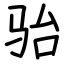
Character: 骀